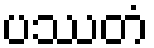
ပဿတံ